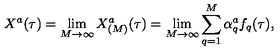
X ^ { a } ( \tau ) = \lim _ { M \rightarrow \infty } X _ { ( M ) } ^ { a } ( \tau ) = \lim _ { M \rightarrow \infty } \sum _ { q = 1 } ^ { M } \alpha _ { q } ^ { a } f _ { q } ( \tau ) ,